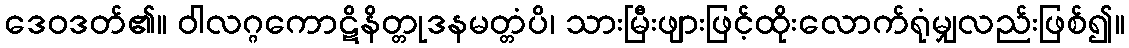
ဒေဝဒတ်၏။ ဝါလဂ္ဂကောဋိနိတ္တုဒနမတ္တံပိ၊ သားမြီးဖျားဖြင့်ထိုးလောက်ရုံမျှလည်းဖြစ်၍။